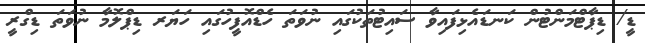
ޑީ/ ޑިޕާޓްމަންޓުން ކަނޑައެޅިފައިވާ ސައިޓުތަކުގައި ނުވަތަ ހެޑްއޮފީހުގައި ހަޔަރ ޑިޕްލޮމާ ނުވަތަ ޑިގްރީ